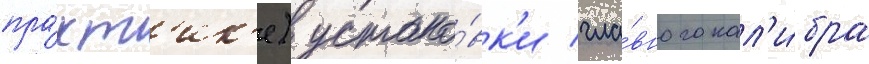
пра́кт'ик'е) устано́вк'и гла́вного кал'и́бра